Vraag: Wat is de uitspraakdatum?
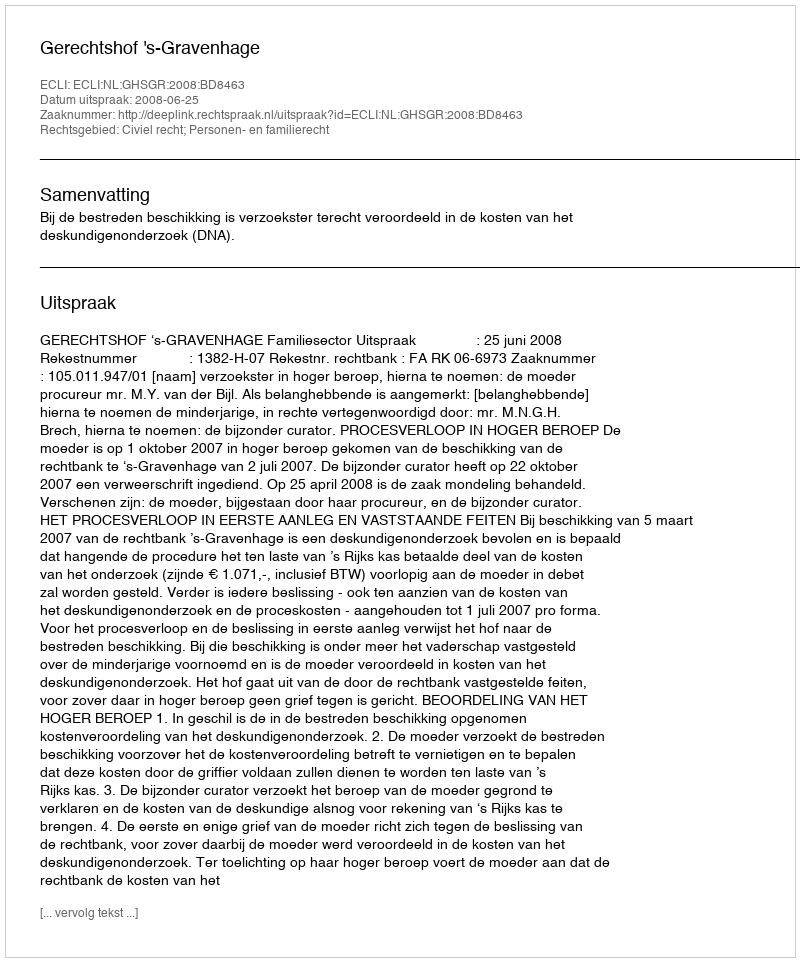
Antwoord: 2008-06-25